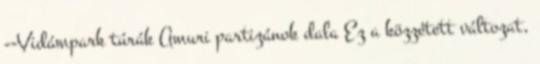
--Vidámpark túrák Amuri partizánok dala Ez a közzétett változat,